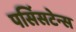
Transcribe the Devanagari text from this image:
पर्सिसटेन्स